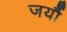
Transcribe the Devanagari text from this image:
जर्यौ